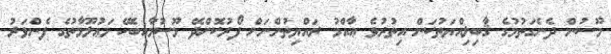
މޫސުން ދެނެގަތުމުގެ ޤާބިލިއްޔަތުކަން އިތުރުވެ ޢާއްމު ރައްޔިތުންނަށް ފޯރުކޮށްދޭ މޫސުމާއިބެހޭ މަޢުލޫމާތުގެ ފެންވަރު